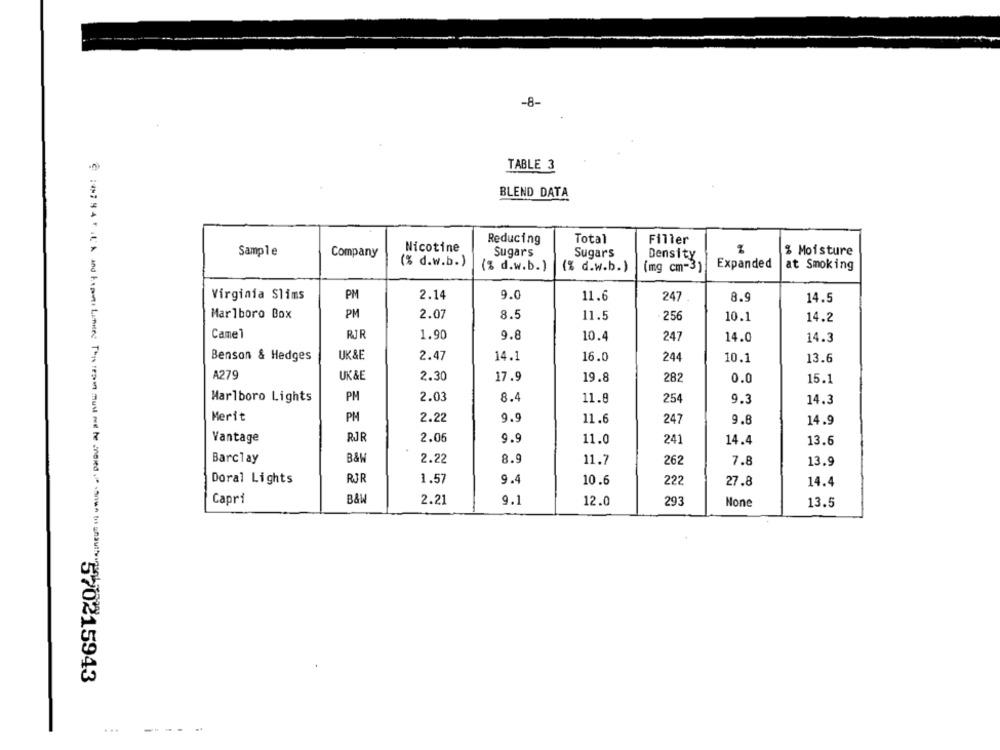
-8-
TABLE 3
BLEND DATA
Reducing
Total
Filler
Nicotine
Sample
Company
Sugars
Sugars
Density
% Moisture
(% d.w.b.)
(% d.w.b.)
(% d.w.b.)
(mg cm-3)
Expanded
at Smoking
Virginia Slims
PM
2.14
9.0
11.6
247
8.9
14.5
Marlboro Box
PM
2.07
8.5
11.5
256
10.1
14.2
Came1
RJR
1.90
9.8
10.4
247
14.0
14.3
Benson & Hedges
UK&E
2.47
14.1
16.0
244
10.1
13.6
A279
UK&E
2.30
17.9
19.8
282
0.0
15.1
PM
2.03
8.4
Marlboro Lights
11.8
254
9.3
14.3
Merit
PM
2.22
9.9
11.6
247
9.8
14.9
Vantage
RJR
2.06
9.9
11.0
241
14.4
13.6
B&W
Barclay
2.22
8.9
11.7
262
7.8
13.9
Doral Lights
RJR
1.57
9.4
10.6
27.8
14.4
222
Capri
B&W
2.21
9.1
12.0
293
13.5
570215943
...
---- -